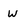
Character: w